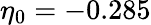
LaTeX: \eta_{0}=-0.285